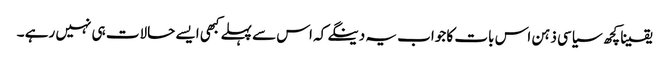
یقینا کچھ سیاسی ذہن اس بات کا جواب یہ دینگے کہ اس سے پہلے کبھی ایسے حالات ہی نہیں رہے ۔